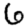
Digit: 6